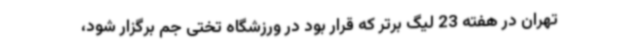
تهران در هفته 23 لیگ برتر که قرار بود در ورزشگاه تختی جم برگزار شود،